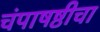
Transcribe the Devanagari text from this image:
चंपाषष्ठीचा